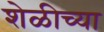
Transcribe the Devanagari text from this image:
शेळीच्या